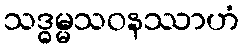
သဒ္ဓမ္မသဝနဿာဟံ